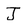
Character: J